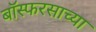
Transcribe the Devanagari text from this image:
बॉस्फरसाच्या